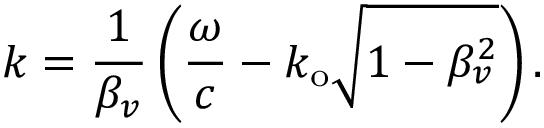
k = \frac { 1 } { \beta _ { v } } \left( \frac { \omega } { c } - k _ { \mathrm { o } } \sqrt { 1 - \beta _ { v } ^ { 2 } } \right) .